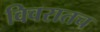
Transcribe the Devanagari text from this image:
विवरातच